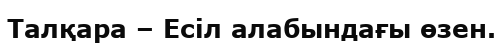
Талқара – Есіл алабындағы өзен.